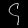
Digit: ၄